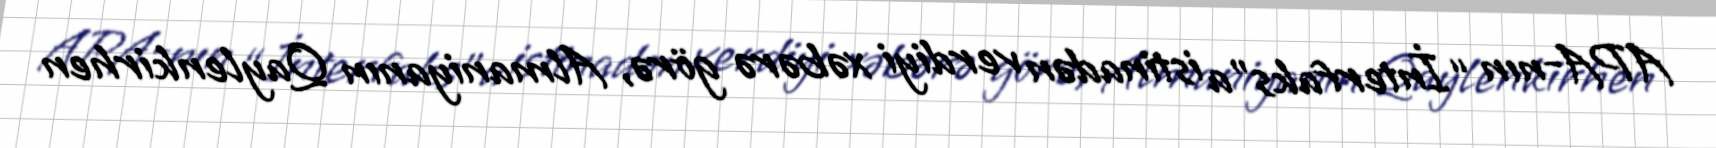
APA-nın “İnterfaks”a istinadən verdiyi xəbərə görə, Almaniyanın Qaylenkirhen